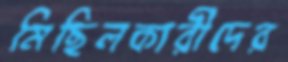
মিছিলকারীদের